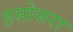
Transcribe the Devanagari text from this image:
हसोसरा